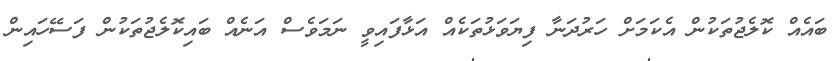
ބައެއް ކޮލެޖުތަކުން އެކަމަށް ހަރުދަނާ ފިޔަވަޅުތަކެއް އަޅާފައިވީ ނަމަވެސް އަނެއް ބައިކޮލެޖުތަކުން ފަސޭހައިން